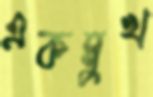
একমুখ